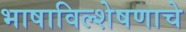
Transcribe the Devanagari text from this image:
भाषाविल्शेषणाचे